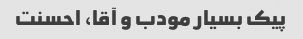
پیک بسیار مودب و آقا، احسنت